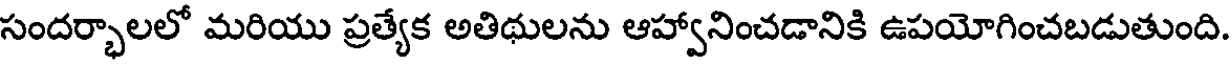
సందర్భాలలో మరియు ప్రత్యేక అతిథులను ఆహ్వానించడానికి ఉపయోగించబడుతుంది